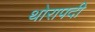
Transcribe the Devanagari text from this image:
थोरापदी